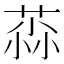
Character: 𫈳